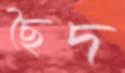
ছৈদ